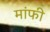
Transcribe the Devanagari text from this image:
मांफी